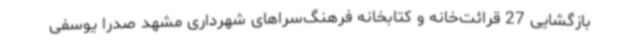
بازگشایی 27 قرائت‌خانه و کتابخانه فرهنگ‌سراهای شهرداری مشهد صدرا یوسفی